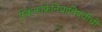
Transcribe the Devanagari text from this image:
स्किझोफ्रेनियाविषयीची